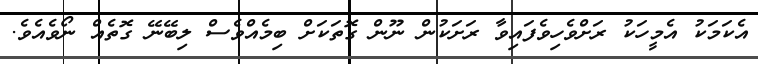
އެކަމަކު އެމީހަކު ރަށްވެހިވެފައިވާ ރަށަކުން ނޫން ގޮތަކަށް ބިމެއްވެސް ލިބޭނޭ ގޮތެއް ނޯވެއެވެ.